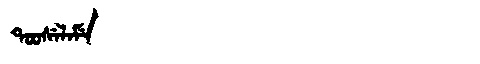
Manchu: ᡨᠣᠣᠰᡝᠯᠠᠮᡝ
Romanization: TOOSELAME